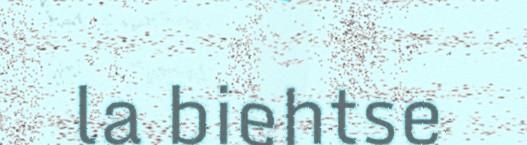
la biehtse